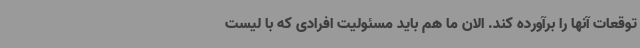
توقعات آنها را برآورده کند. الان ما هم باید مسئولیت افرادی که با لیست